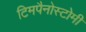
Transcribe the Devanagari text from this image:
टिमपैनोस्टोमी